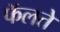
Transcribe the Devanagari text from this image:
फॅलते